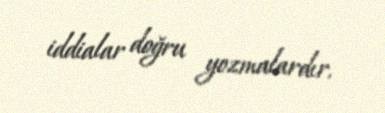
iddialar doğru yozmalardır.